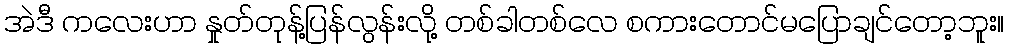
အဲဒီ ကလေးဟာ နှုတ်တုန့်ပြန်လွန်းလို့ တစ်ခါတစ်လေ စကားတောင်မပြောချင်တော့ဘူး။